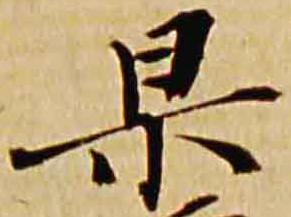
杲